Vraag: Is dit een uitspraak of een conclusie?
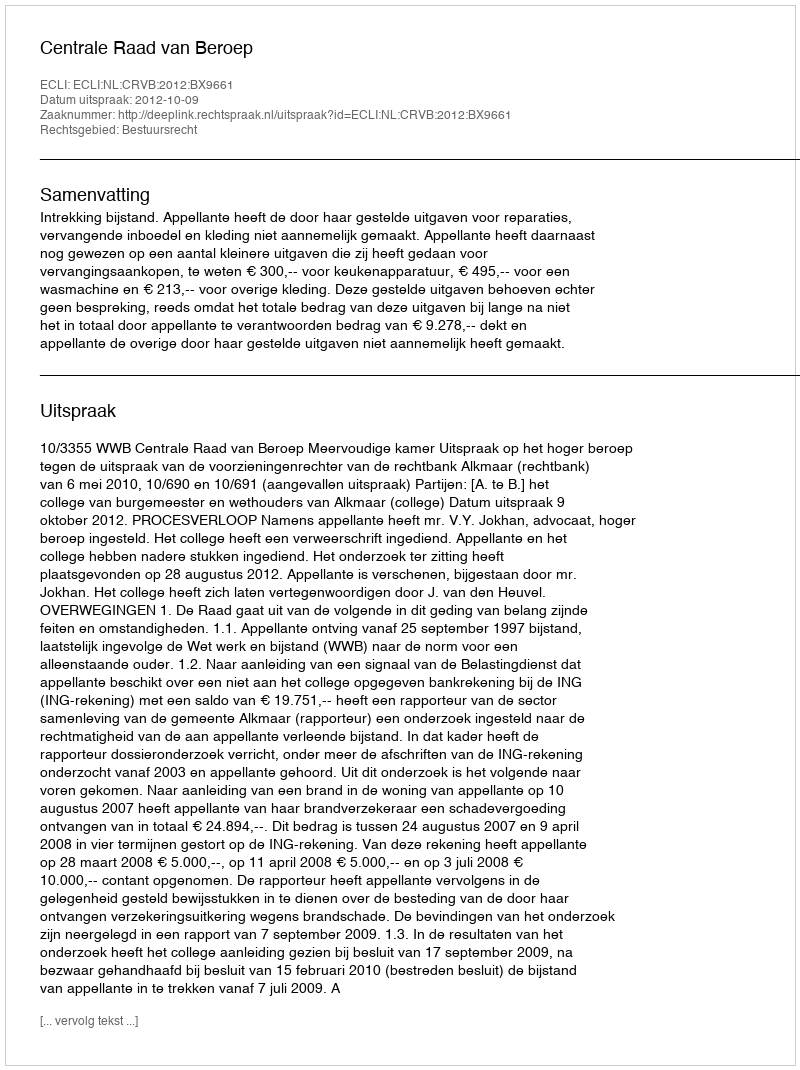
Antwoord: Uitspraak